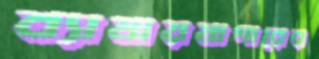
ব্যামায়মাগারের